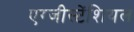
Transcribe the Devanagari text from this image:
एग्जीस्टेंशियल